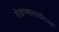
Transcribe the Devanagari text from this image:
रोखण्यासाठीच्या